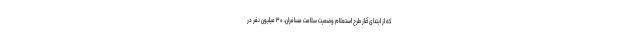
که از ابتدای آغاز طرح استعلام وضعیت سلامت مسافران، ۳۰ میلیون نفر در